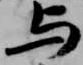
与